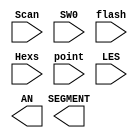
`timescale 1ns / 1ps
//////////////////////////////////////////////////////////////////////////////////
// Company: 
// Engineer: 
// 
// Design Name: 
// Module Name:    Seg7_Dev_IO 
// Project Name: 
// Target Devices: 
// Tool versions: 
// Description: 
//
// Dependencies: 
//
// Revision: 
// Revision 0.01 - File Created
// Additional Comments: 
//
//////////////////////////////////////////////////////////////////////////////////
module 	Seg7_Dev(input[2:0] Scan,
						input SW0,
						input flash,
						input[31:0]Hexs,
						input[7:0]point,
						input[7:0]LES,
						output[7:0]SEGMENT,
						output[3:0]AN
						);

endmodule